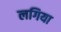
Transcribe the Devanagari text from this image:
लगिया